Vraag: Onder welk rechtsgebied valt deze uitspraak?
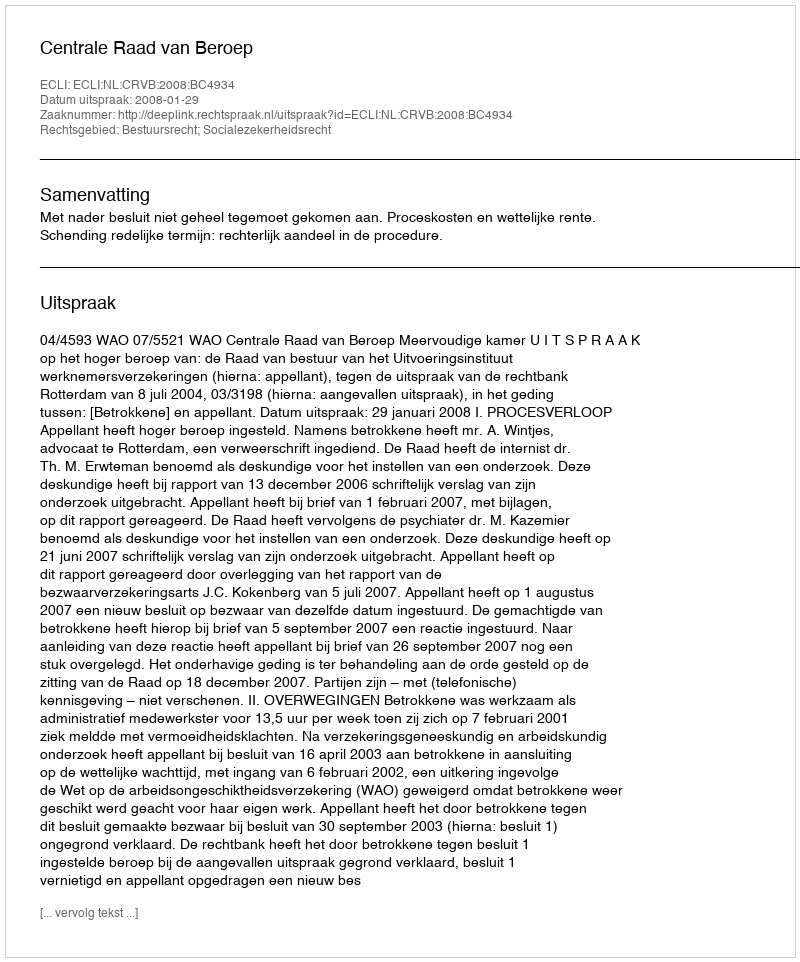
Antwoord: Bestuursrecht; Socialezekerheidsrecht